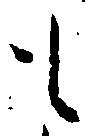
も